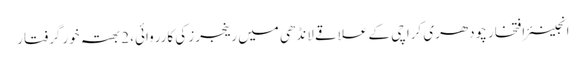
انجینئر افتخار چودھری	 کراچی کے علاقے لانڈھی میں رینجرز کی کارروائی، 2 بھتہ خور گرفتار